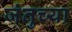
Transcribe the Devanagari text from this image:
जंतुच्या